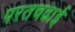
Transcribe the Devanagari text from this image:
परतचढाई